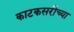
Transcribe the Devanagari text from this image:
काटकसरीच्या